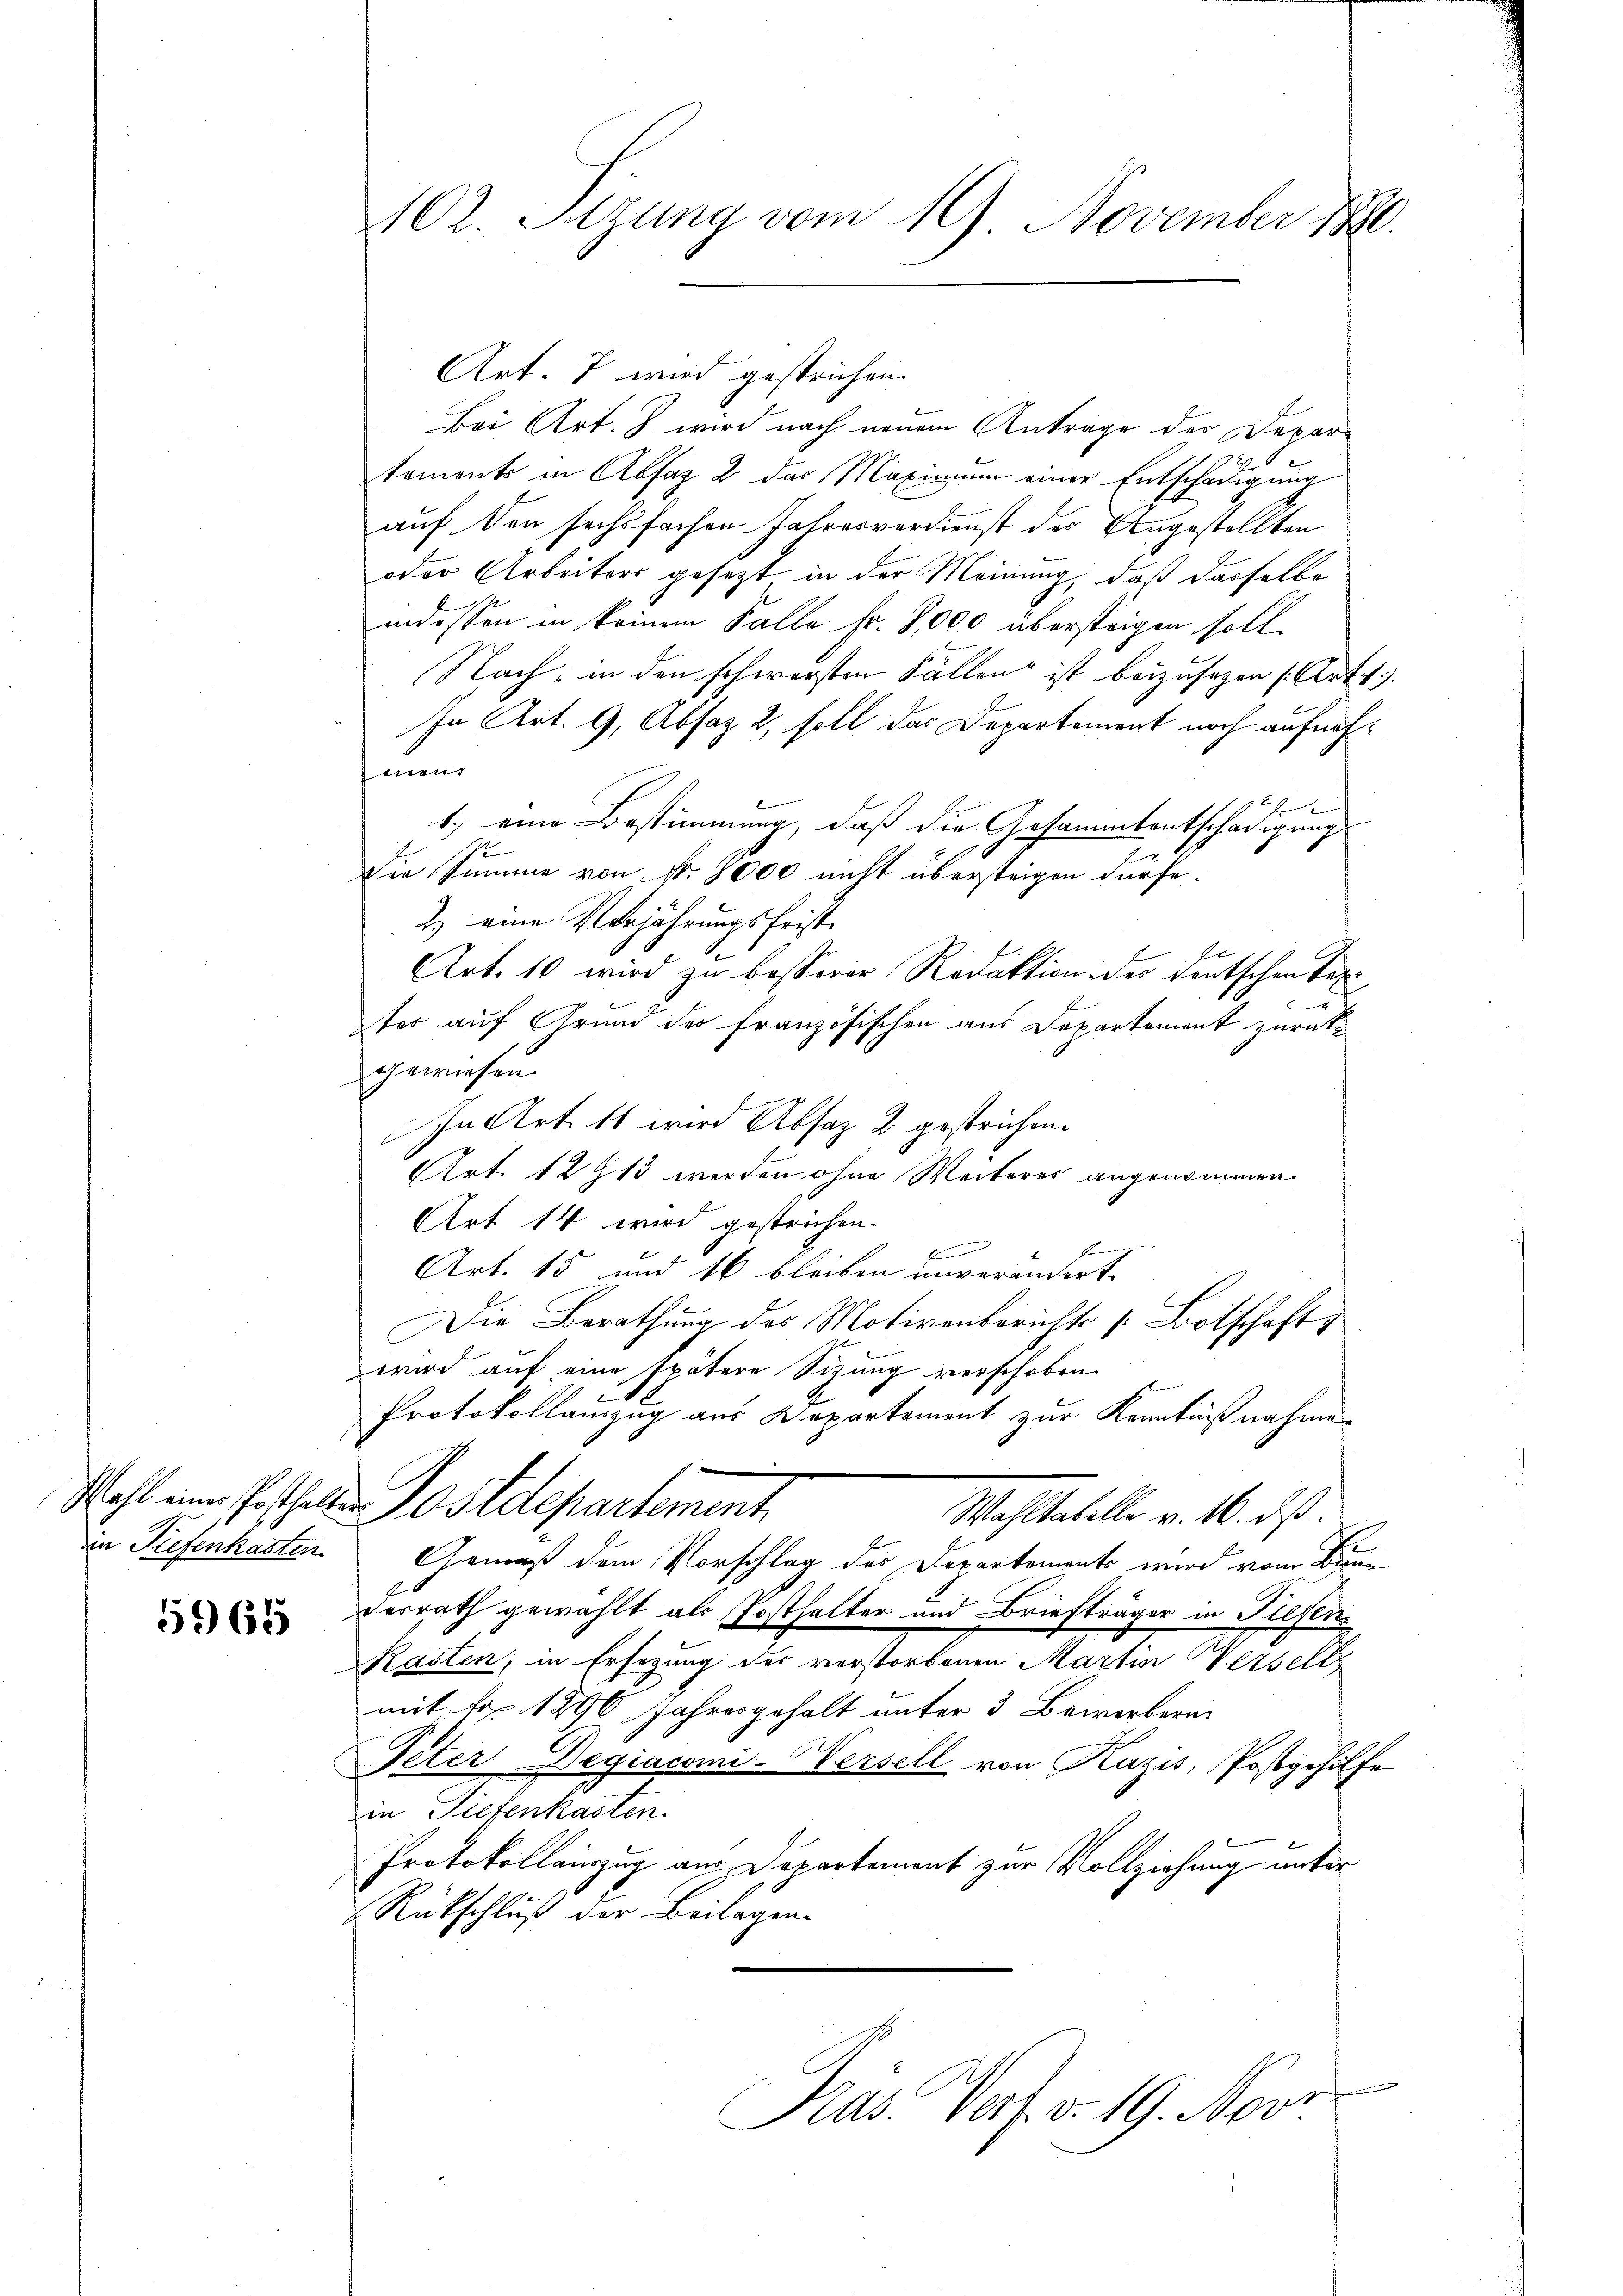
in Tiefenkasten.

5965

1102. Sitzung vom 19. November 1890.

Art. 7 wird gestrichen.
Bei Art. 3 wird nach neuem Antrage des Departoments in Abfaz 2 des Maximum einer Entschädigung
auf von sechsfachen Jahresverdienst des Angestellten
oder Arbeiters gesetzt in der Meinung, daß dasselbe
indossen in keinem Falle Fr. 2,000 übersteigen soll.
Nach, in den schwersten Fällen ist beizusezen (Art. 1
In Art. 9, Absaz 2, soll das Departement noch aufnahttten
E
1.) eine Bestimmung, daß die Gesammtentschädigung
Die Summe von Nr. 8000 nicht übersteigen dürfe.
2.) eine Verjährungsfristb
Art. 10 wird zu besserer Redaktion der deutschen Tex
t
ter auf Grund der französischen aus Departement zurückgewiesen.
In Art. 11 wird Absatz 2 gestrichen.
Art. 12 § 13 werden ohne Weiteres angenommen.
Art 14 wird gestrichen.
E
F
Art. 15 und 16 bleiben unverändert
Die Berathung des Motivenberichts [Botschaft
wird auf eine spätere Sizung verschoben
Protokollauszug aus Departement zur Kenntnißnahme
Wohl eine Gasthalt ostdepartement
Wahltabelle v. M. dß.
Gemäß dem Vorschlag des Departements wird von Birme
desrath gewählt als Posthalter und Briefträger in Tiefen.
Kasten, in Ersezung der verstorbenen Martin Verselb
mit No. 1890 Jahresgehalt unter 3 Bewerbern
Peter Degiacomi-Wersell von Kazis, Postgehilfe
in Tiefenkasten.
Protokollauszug aus Departement zur Vollziehung unter
Rückschluß der Beilagen

Präs. Verf. v. 19. Nove